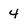
Character: 4